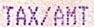
TAX/AMT